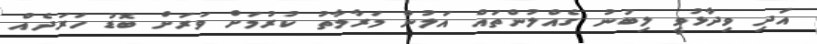
އަދި ވިދާޅުވީ ލިބުނު ގެއްލުންތައް އަލުން މަރާމާތު ކުރުމަށް ވަރަށް ބޮޑު ހަރަދެއް